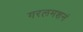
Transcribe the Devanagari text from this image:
गरलमशनं